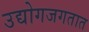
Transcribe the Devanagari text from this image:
उद्योगजगतात